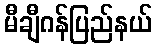
မီချီဂန်ပြည်နယ်